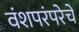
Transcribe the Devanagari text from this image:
वंशपरंपरेचे